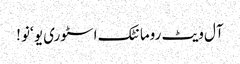
آل ویٹ رومانٹک اسٹوری یو ‘نو !